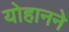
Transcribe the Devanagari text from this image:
योहानने